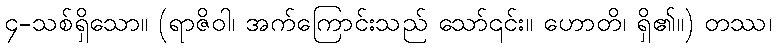
၄-သစ်ရှိသော။ (ရာဇိဝါ၊ အက်ကြောင်းသည် သော်၎င်း။ ဟောတိ၊ ရှိ၏။) တဿ၊